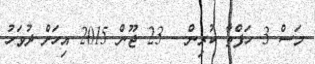
މަސް 3 ހަފްތާ ކުރިން - 23 ޖޫން 2015 އިހަށް ދުވަހު